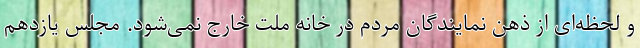
و لحظه‌ای از ذهن نمایندگان مردم در خانه ملت خارج نمی‌شود. مجلس یازدهم